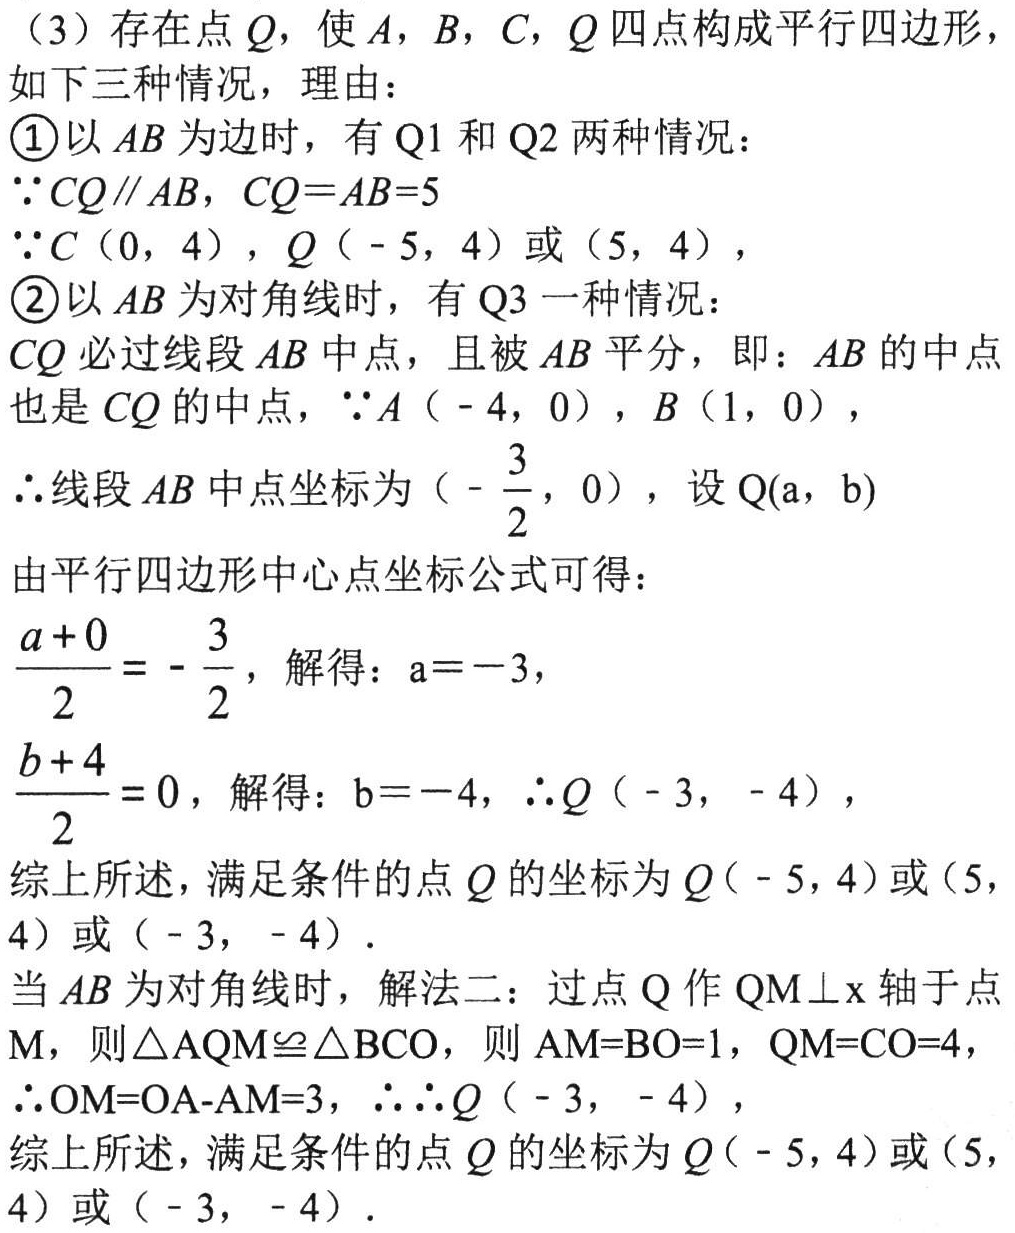
（3）存在点\(Q\)，使\(A\)，\(B\)，\(C\)，\(Q\)四点构成平行四边形，
如下三种情况，理由：
\textcircled{1}以\(AB\)为边时，有\(Q1\)和\(Q2\)两种情况：
\(\because CQ\parallel AB\)，\(CQ = AB = 5\)
\(\because C(0,4)\)，\(Q(-5,4)\)或\((5,4)\)，
\textcircled{2}以\(AB\)为对角线时，有\(Q3\)一种情况：
\(CQ\)必过线段\(AB\)中点，且被\(AB\)平分，即：\(AB\)的中点
也是\(CQ\)的中点，\(\because A(-4,0)\)，\(B(1,0)\)，
\(\therefore\)线段\(AB\)中点坐标为\((-\frac{3}{2},0)\)，设\(Q(a,b)\)
由平行四边形中心点坐标公式可得：
\(\frac{a + 0}{2}=-\frac{3}{2}\)，解得：\(a = - 3\)，
\(\frac{b + 4}{2}=0\)，解得：\(b = - 4\)，\(\therefore Q(-3,-4)\)，
综上所述，满足条件的点\(Q\)的坐标为\(Q(-5,4)\)或\((5,4)\)或\((-3,-4)\)．
当\(AB\)为对角线时，解法二：过点\(Q\)作\(QM\perp x\)轴于点
\(M\)，则\(\triangle AQM\cong\triangle BCO\)，则\(AM = BO = 1\)，\(QM = CO = 4\)，
\(\therefore OM = OA - AM = 3\)，\(\therefore\therefore Q(-3,-4)\)，
综上所述，满足条件的点\(Q\)的坐标为\(Q(-5,4)\)或\((5,4)\)或\((-3,-4)\)．